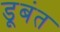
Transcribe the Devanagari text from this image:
डूबंत